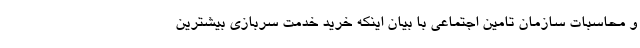
و محاسبات سازمان تامین اجتماعی با بیان اینکه خرید خدمت سربازی بیشترین